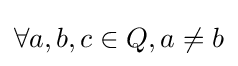
\forall a,b,c\in Q,a\neq b